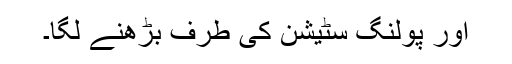
اور پولنگ سٹیشن کی طرف بڑھنے لگا۔